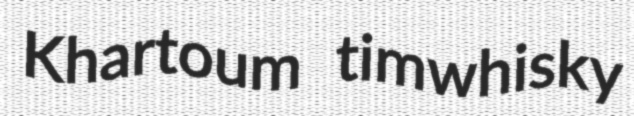
Khartoum timwhisky